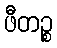
ဖီတဉ္စ